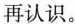
再认识。